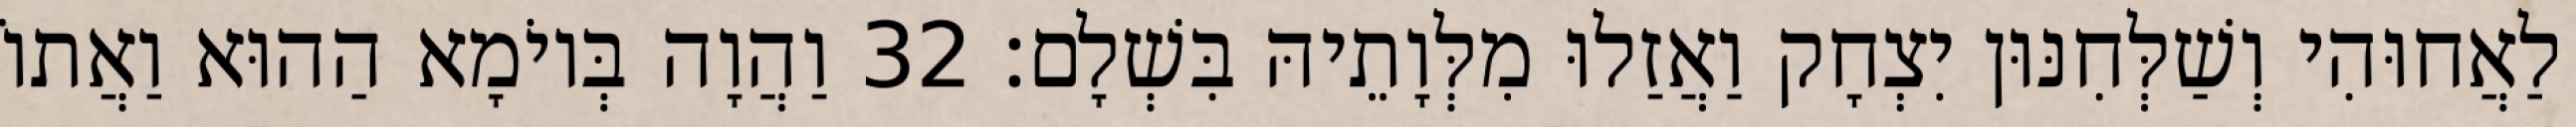
לַאֲחוּהִי וְשַׁלְּחִנּוּן יִצְחָק וַאֲזַלוּ מִלְּוָתֵיהּ בִּשְׁלָם׃ 32 וַהֲוָה בְּיוֹמָא הַהוּא וַאֲתוֹ